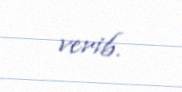
verib.